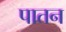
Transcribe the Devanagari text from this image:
पातन